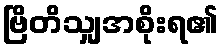
ဗြိတိသျှအစိုးရ၏